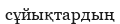
сұйықтардың